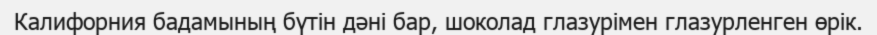
Калифорния бадамының бүтін дәні бар, шоколад глазурімен глазурленген өрік.